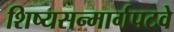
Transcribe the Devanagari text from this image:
शिष्यसन्मार्गपटवे